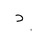
Letter: _dal